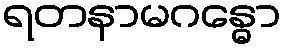
ရတနာမဂန္ဓော